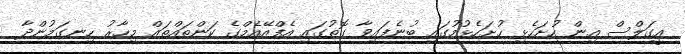
އީގަލްސް އިން ހުށަހެޅި ހުށަހެޅުމުގައި ބުނެފައިވާ ގޮތުގައި އެފްއޭއެމްގެ ކަންތައްތައް މިހާރު ހިނގަމުންދާ